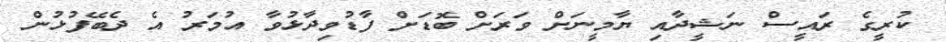
ކުރީގެ ރައީސް ނަޝީދާއި ޔާމީނަށް ވަރަށް ބޮޑަށް ފާޑުވިދާޅުވާ އުމަރު އެ ދެބޭފުޅުން